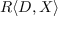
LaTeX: R \langle D , X \rangle